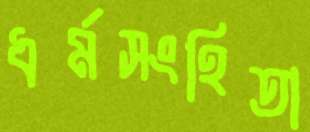
ধর্মসংহিতা